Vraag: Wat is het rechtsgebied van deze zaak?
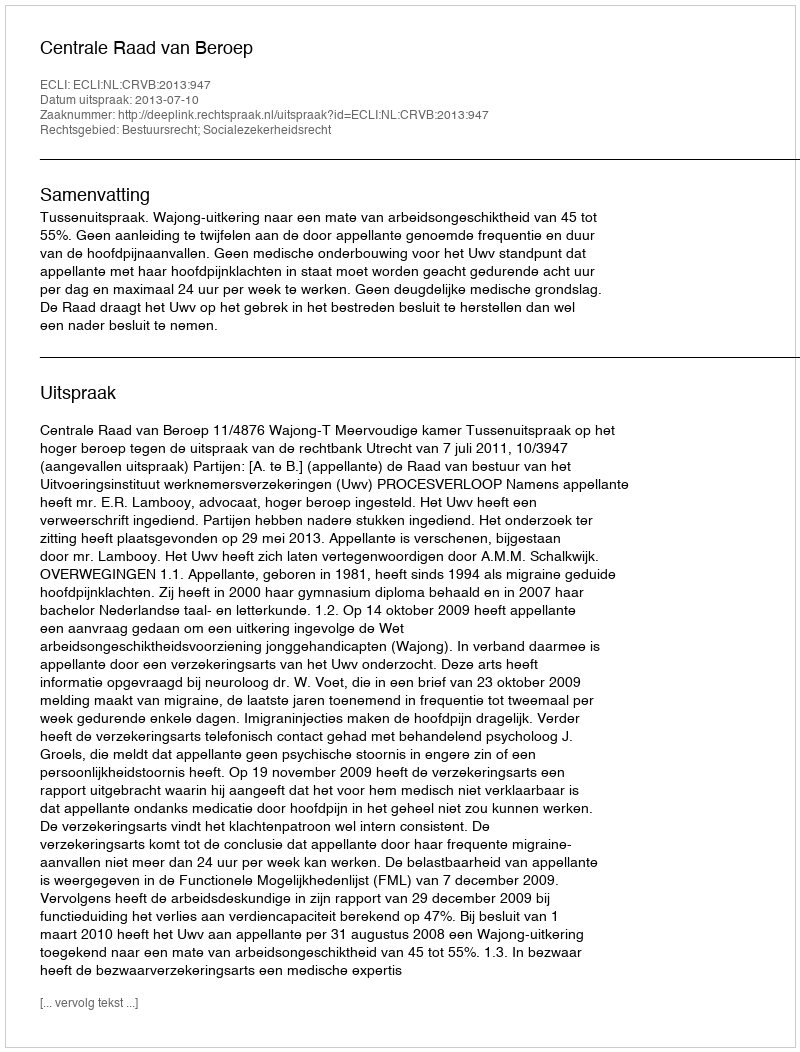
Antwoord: Bestuursrecht; Socialezekerheidsrecht